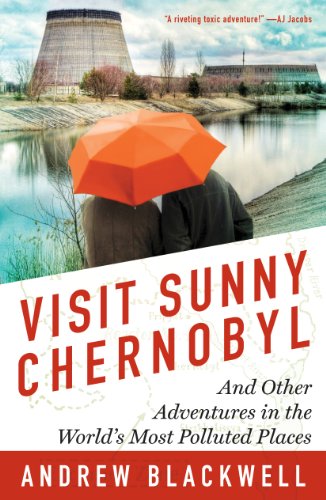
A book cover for Visit Sunny Chernobyl: And Other Adventures in the World's Most Polluted Places; Andrew Blackwell; Sports & Outdoors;